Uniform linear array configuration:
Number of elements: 16
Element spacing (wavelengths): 0.75
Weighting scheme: uniform
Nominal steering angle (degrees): -60
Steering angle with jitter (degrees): -58.206
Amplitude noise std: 0.05
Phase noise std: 0.05

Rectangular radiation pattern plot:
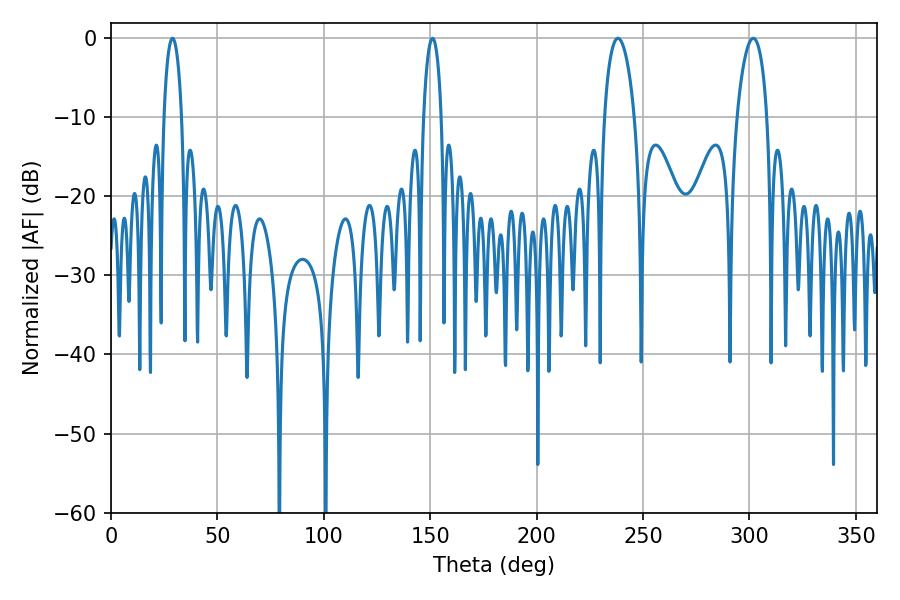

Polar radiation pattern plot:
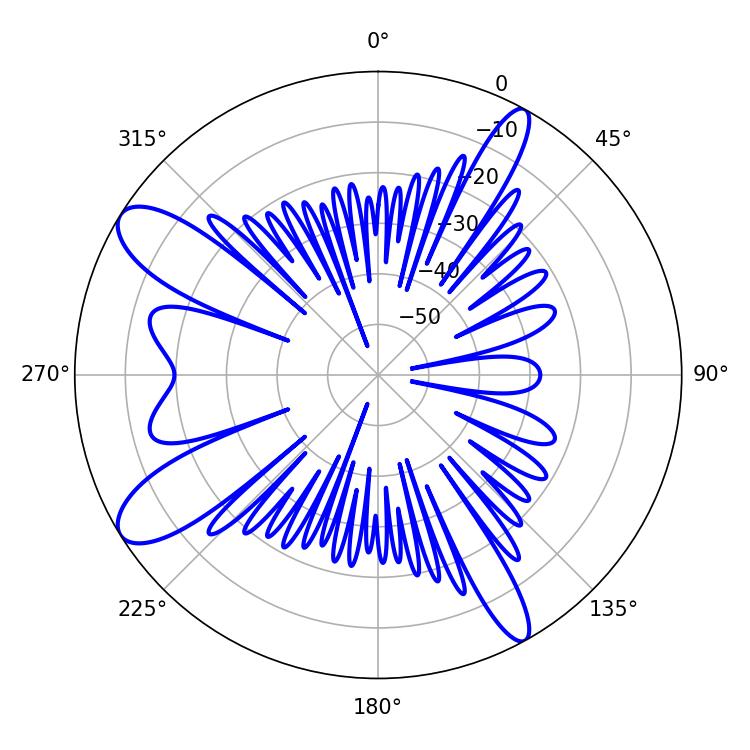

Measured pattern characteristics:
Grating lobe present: TRUE
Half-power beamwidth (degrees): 8.1
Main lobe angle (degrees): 238.14